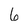
Character: 6